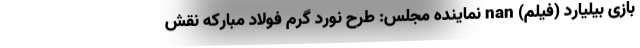
بازی بیلیارد (فیلم) nan نماینده مجلس: طرح نورد گرم فولاد مبارکه نقش